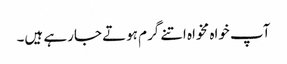
آپ خواہ مخواہ اتنے گرم ہوتے جارہے ہیں۔